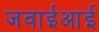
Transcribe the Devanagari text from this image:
जवाईआई